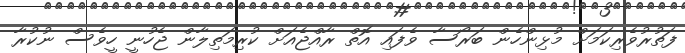
ފަތުރުވެރިކަމަށް މުޅިންހެން ބަރޯސާ ވެފައި އޮތް ރާއްޖެއަށް ކުރިމަތިލާން ޖެހުނީ ހީވެސް ނުކުރާ